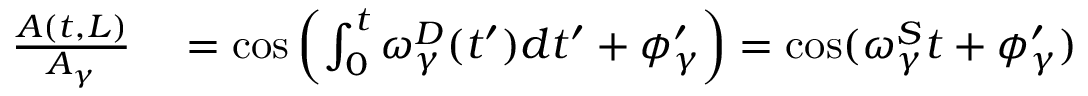
\begin{array} { r l } { \frac { A ( t , L ) } { A _ { \gamma } } } & { { } = \cos \left( \int _ { 0 } ^ { t } \omega _ { \gamma } ^ { D } ( t ^ { \prime } ) d t ^ { \prime } + \phi _ { \gamma } ^ { \prime } \right) = \cos ( \omega _ { \gamma } ^ { S } t + \phi _ { \gamma } ^ { \prime } ) } \end{array}